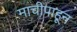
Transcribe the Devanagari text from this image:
माचीपाहून